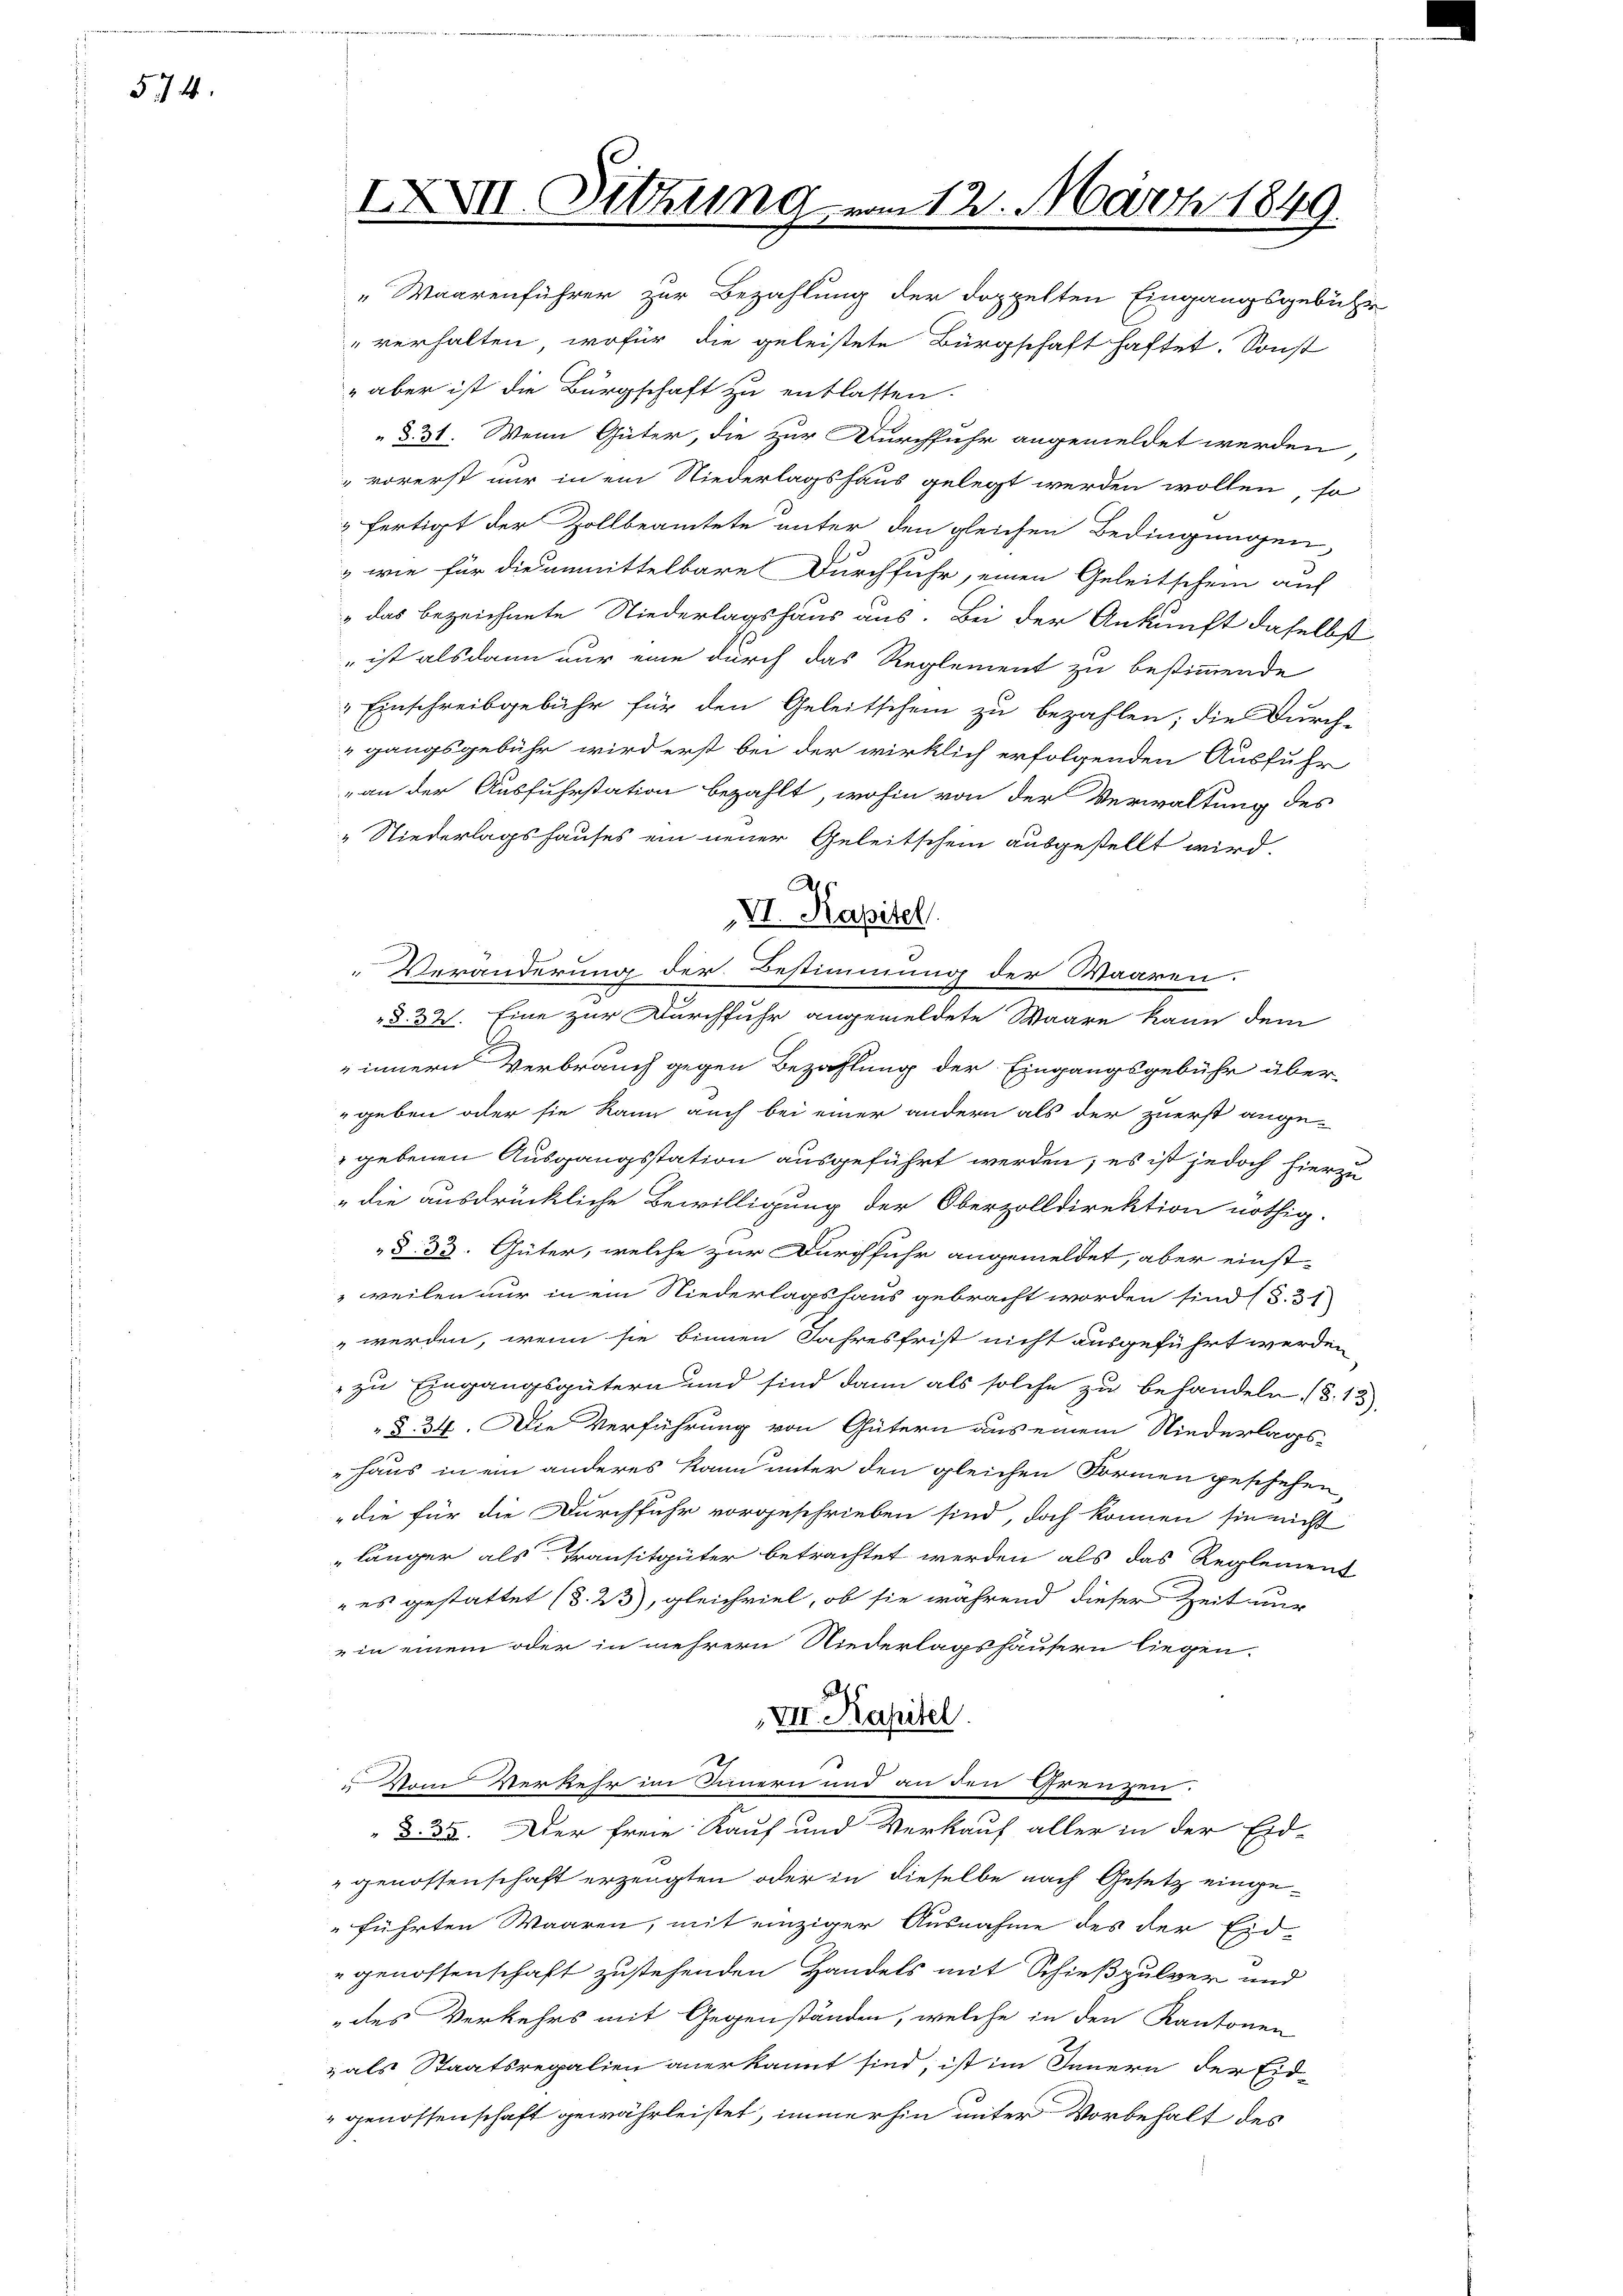
574.

IXVII. Sitzung vom 12. März 1849.
Waarenführer zur Bezahlung der doppelten Eingangsgebühr

"verhalten, wofür die geleistete Bürgschaft haftet. Sonst
" aber ist die Bürgschaft zu entlassen.
§. 31. Wenn Güter, die zur Durchfuhr angemeldet werden
vorerst nur in ein Niederlagshaus gelegt werden wollen, so
fertigt der Zollbeamtete unter den gleichen Bedingungen,
" wie für die unmittelbare Durchfuhr, einen Geleitschein auf
"das bezeichnete Niederlagshaus aus. Bei der Ankunft daselbst
" ist alsdann nur eine durch das Reglement zu bestimmende
Einschreibgebühr für den Geleitschein zu bezahlen; die Durch-
gangsgebühr wird erst bei der wirklich erfolgenden Ausfuhr
„an der Ausfuhrstation bezahlt, wohin von der Verwaltung des
„Niederlagshauses ein neuer Geleitschein ausgestellt wird.
Veränderung der Bestimmung der Waaren.
§. 32. Eine zur Durchfuhr angemeldete Waare kann dem
innern Verbrauch gegen Bezahlung der Eingangsgebühr über
geben oder sie kann auch bei einer andern als der zuerst ange¬
 gebenen Ausgangsstation ausgeführt werden; es ist jedoch hierzu
„die ausdrückliche Bewilligung der Oberzolldirektion nöthig.
§. 33. Güter, welche zur Durchfuhr angemeldet, aber einstweilen nur in ein Niederlagshaus gebracht worden sind (S. 31
 werden, wenn sie binnen Jahresfrist nicht ausgeführt werden
zu Eingangsgütern und sind dann als solche zu behandeln. (S. 13
 §. 34. Die Verführung von Gütern aus einem Niederlags-
Haus in ein anderes kann unter den gleichen Formen geschehen,
die für die Durchfuhr vorgeschrieben sind, doch können sie nicht
länger als Transitgüter betrachtet werden als das Reglement
 es gestattet (S. 23), gleichviel, ob sie während dieser Zeit ur
in einem oder in mehrern Niederlagshäusern liegen.
VII. Kapitel.
Vom Verkehr im Innern und an den Grenzen:
D. 35. Der freie Kauf und Verkauf aller in der Eid-
" genossenschaft erzeugten oder in dieselbe nach Gesetz eingeführten Waaren, mit einziger Ausnahme des der Eidgenossenschaft zustehenden Handels mit Schießpulver und
des Verkehrs mit Gegenständen, welche in den Kantonen
zals Staatsregalien anerkannt sind, ist im Innern der Eid-
" genossenschaft gewährleistet, immerhin unter Vorbehalt des

A
VI. Kapitel